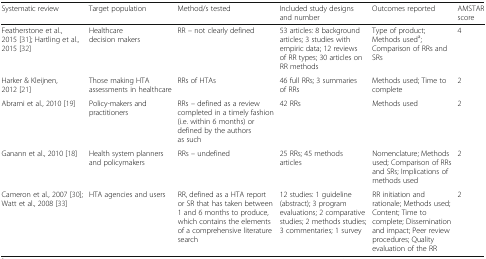
<table><thead><tr><td><b>Systematic review</b></td><td><b>Target population</b></td><td><b>Method/s tested</b></td><td><b>Included study designs and number</b></td><td><b>Outcomes reported</b></td><td><b>AMSTAR score</b></td></tr></thead><tbody><tr><td>Featherstone et al., 2015 [31]; Hartling et al., 2015 [32]</td><td>Healthcare decision makers</td><td>RR – not clearly defined</td><td>53 articles: 8 background articles; 3 studies with empiric data; 12 reviews of RR types; 30 articles on RR methods</td><td>Type of product; Methods used<sup>a</sup>; Comparison of RRs and SRs</td><td>4</td></tr><tr><td>Harker &amp; Kleijnen, 2012 [21]</td><td>Those making HTA assessments in healthcare</td><td>RRs of HTAs</td><td>46 full RRs; 3 summaries of RRs</td><td>Methods used; Time to complete</td><td>2</td></tr><tr><td>Abrami et al., 2010 [19]</td><td>Policy-makers and practitioners</td><td>RRs – defined as a review completed in a timely fashion (i.e. within 6 months) or defined by the authors as such</td><td>42 RRs</td><td>Methods used</td><td>2</td></tr><tr><td>Ganann et al., 2010 [18]</td><td>Health system planners and policymakers</td><td>RRs – undefined</td><td>25 RRs; 45 methods articles</td><td>Nomenclature; Methods used; Comparison of RRs and SRs; Implications of methods used</td><td>2</td></tr><tr><td>Cameron et al., 2007 [30]; Watt et al., 2008 [33]</td><td>HTA agencies and users</td><td>RR, defined as a HTA report or SR that has taken between 1 and 6 months to produce, which contains the elements of a comprehensive literature search</td><td>12 studies: 1 guideline (abstract); 3 program evaluations; 2 comparative studies; 2 methods studies; 3 commentaries; 1 survey</td><td>RR initiation and rationale; Methods used; Content; Time to complete; Dissemination and impact; Peer review procedures; Quality evaluation of the RR</td><td>2</td></tr></tbody></table>